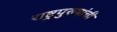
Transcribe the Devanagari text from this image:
राष्ट्रपुरुषांची